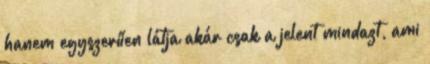
hanem egyszerűen látja akár csak a jelent mindazt, ami